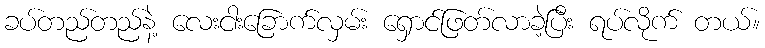
ခပ်တည်တည်နဲ့ လေးငါးခြောက်လှမ်း ရှောင်ဖြတ်လာခဲ့ပြီး ရပ်လိုက် တယ်။